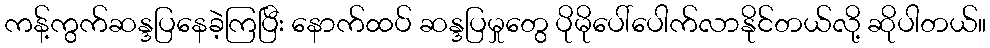
ကန့်ကွက်ဆန္ဒပြနေခဲ့ကြပြီး နောက်ထပ် ဆန္ဒပြမှုတွေ ပိုမိုပေါ်ပေါက်လာနိုင်တယ်လို့ ဆိုပါတယ်။